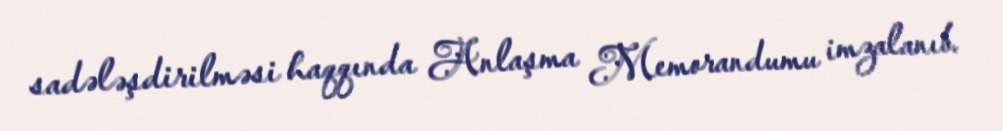
sadələşdirilməsi haqqında Anlaşma Memorandumu imzalanıb.